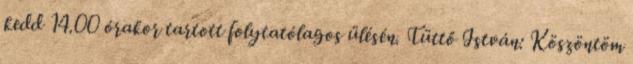
kedd 14.00 órakor tartott folytatólagos ülésén. Tüttő István: Köszöntöm